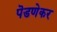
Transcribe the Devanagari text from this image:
पॆडणेकर